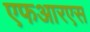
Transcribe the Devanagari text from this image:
एफआरएस